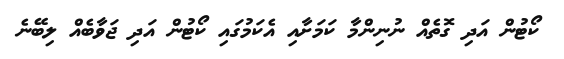
ކޯޓުން އަދި ގޮތެއް ނުނިންމާ ކަމަށާއި އެކަމުގައި ކޯޓުން އަދި ޖަވާބެއް ލިބޭނެ